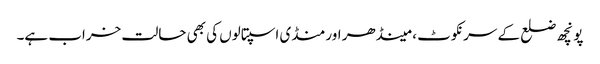
پونچھ ضلع کے سرنکوٹ ، مینڈھر اور منڈی اسپتالوں کی بھی حالت خراب ہے۔